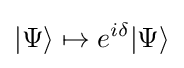
|\Psi \rangle \mapsto e^{i\delta }|\Psi \rangle